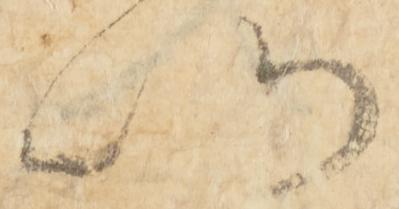
以